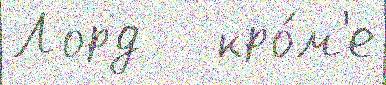
Лорд   кро́м'е